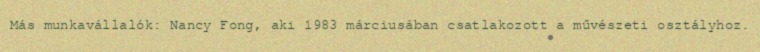
Más munkavállalók: Nancy Fong, aki 1983 márciusában csatlakozott a művészeti osztályhoz.